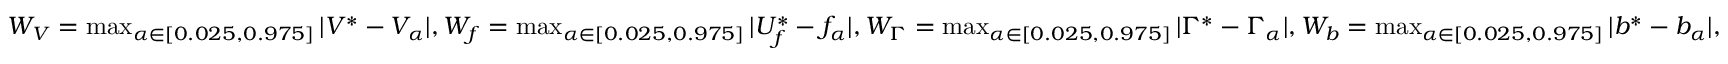
\begin{array} { r } { W _ { V } = \operatorname* { m a x } _ { \alpha \in [ 0 . 0 2 5 , 0 . 9 7 5 ] } | V ^ { * } - V _ { \alpha } | , W _ { f } = \operatorname* { m a x } _ { \alpha \in [ 0 . 0 2 5 , 0 . 9 7 5 ] } | U _ { f } ^ { * } - f _ { \alpha } | , W _ { \Gamma } = \operatorname* { m a x } _ { \alpha \in [ 0 . 0 2 5 , 0 . 9 7 5 ] } | \Gamma ^ { * } - \Gamma _ { \alpha } | , W _ { b } = \operatorname* { m a x } _ { \alpha \in [ 0 . 0 2 5 , 0 . 9 7 5 ] } | b ^ { * } - b _ { \alpha } | , } \end{array}